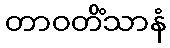
တာဝတိံသာနံ